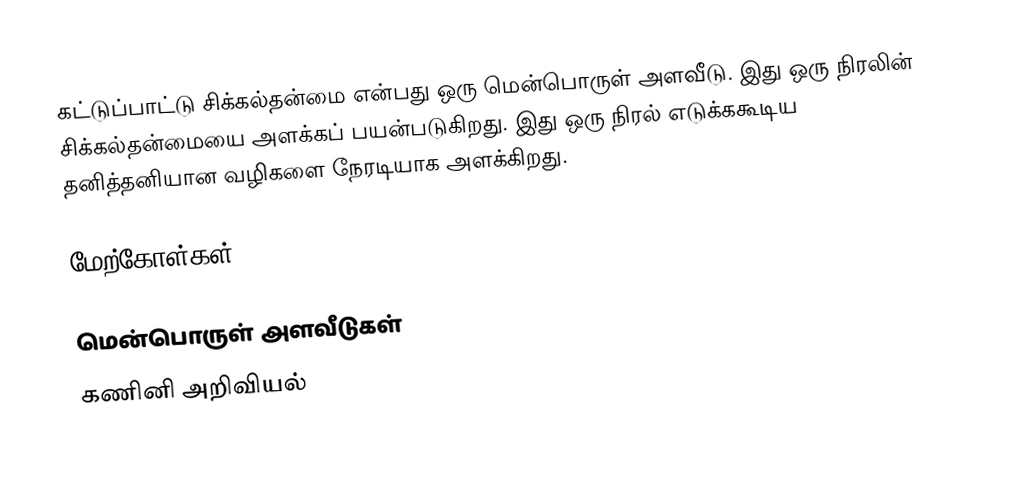
கட்டுப்பாட்டு சிக்கல்தன்மை என்பது ஒரு மென்பொருள் அளவீடு. இது ஒரு நிரலின் சிக்கல்தன்மையை அளக்கப் பயன்படுகிறது. இது ஒரு நிரல் எடுக்ககூடிய தனித்தனியான வழிகளை நேரடியாக அளக்கிறது.

மேற்கோள்கள்

மென்பொருள் அளவீடுகள்
கணினி அறிவியல்